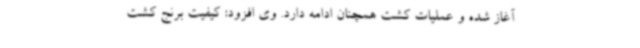
آغاز شده و عملیات کشت همچنان ادامه دارد. وی افزود: کیفیت برنج کشت